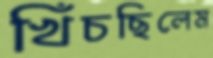
খিঁচছিলেম